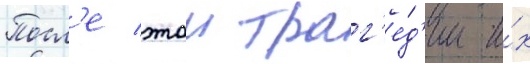
Посл'е этои траг'е́д'ии и́х